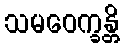
သမဝေက္ခန္တိ